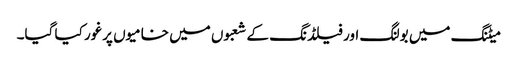
میٹنگ میں بولنگ اور فیلڈنگ کے شعبوں میں خامیوں پرغور کیا گیا۔